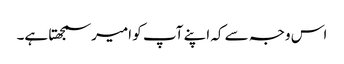
اس وجہ سے کہ اپنے آپ کو امیر سمجھتا ہے۔